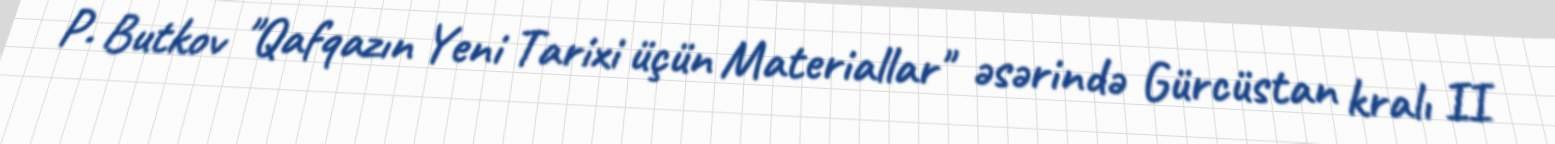
P. Butkov "Qafqazın Yeni Tarixi üçün Materiallar" əsərində Gürcüstan kralı II